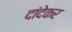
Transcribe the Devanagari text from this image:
दांदेकर